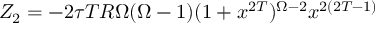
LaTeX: Z _ { 2 } = - 2 \tau T R \Omega ( \Omega - 1 ) ( 1 + x ^ { 2 T } ) ^ { \Omega - 2 } { x ^ { 2 ( 2 T - 1 ) } }